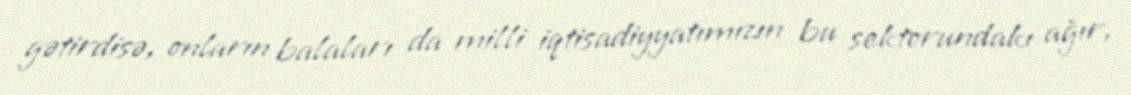
gətirdisə, onların balaları da milli iqtisadiyyatımızın bu sektorundakı ağır,